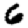
Digit: 6